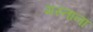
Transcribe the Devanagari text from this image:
मस्‍ताना